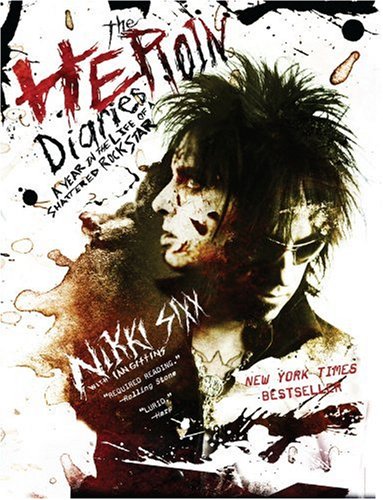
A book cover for The Heroin Diaries: A Year in the Life of a Shattered Rock Star; Nikki Sixx; Humor & Entertainment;